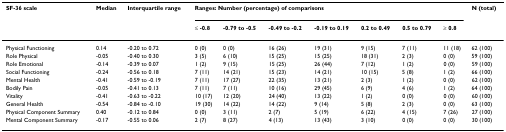
<table><thead><tr><td><b>SF-36 scale</b></td><td><b>Median</b></td><td><b>Interquartile range</b></td><td colspan="7"><b>Ranges: Number (percentage) of comparisons</b></td><td><b>N (total)</b></td></tr><tr><td></td><td></td><td></td><td><b>≤ -0.8</b></td><td><b>-0.79 to -0.5</b></td><td><b>-0.49 to -0.2</b></td><td><b>-0.19 to 0.19</b></td><td><b>0.2 to 0.49</b></td><td><b>0.5 to 0.79</b></td><td><b>≥ 0.8</b></td><td></td></tr></thead><tbody><tr><td>Physical Functioning</td><td>0.14</td><td>-0.20 to 0.72</td><td>0 (0)</td><td>0 (0)</td><td>16 (26)</td><td>19 (31)</td><td>9 (15)</td><td>7 (11)</td><td>11 (18)</td><td>62 (100)</td></tr><tr><td>Role Physical</td><td>-0.05</td><td>-0.40 to 0.30</td><td>3 (5)</td><td>6 (10)</td><td>15 (25)</td><td>15 (25)</td><td>18 (31)</td><td>2 (3)</td><td>0 (0)</td><td>59 (100)</td></tr><tr><td>Role Emotional</td><td>-0.14</td><td>-0.39 to 0.07</td><td>1 (2)</td><td>9 (15)</td><td>15 (25)</td><td>26 (44)</td><td>7 (12)</td><td>1 (2)</td><td>0 (0)</td><td>59 (100)</td></tr><tr><td>Social Functioning</td><td>-0.24</td><td>-0.56 to 0.18</td><td>7 (11)</td><td>14 (21)</td><td>15 (23)</td><td>14 (21)</td><td>10 (15)</td><td>5 (8)</td><td>1 (2)</td><td>66 (100)</td></tr><tr><td>Mental Health</td><td>-0.41</td><td>-0.59 to -0.19</td><td>7 (11)</td><td>17 (27)</td><td>22 (35)</td><td>13 (21)</td><td>2 (3)</td><td>1 (2)</td><td>0 (0)</td><td>62 (100)</td></tr><tr><td>Bodily Pain</td><td>-0.05</td><td>-0.41 to 0.13</td><td>7 (11)</td><td>7 (11)</td><td>10 (16)</td><td>29 (45)</td><td>6 (9)</td><td>4 (6)</td><td>1 (2)</td><td>64 (100)</td></tr><tr><td>Vitality</td><td>-0.41</td><td>-0.63 to -0.22</td><td>10 (17)</td><td>12 (20)</td><td>24 (40)</td><td>13 (22)</td><td>1 (2)</td><td>0 (0)</td><td>0 (0)</td><td>60 (100)</td></tr><tr><td>General Health</td><td>-0.54</td><td>-0.84 to -0.10</td><td>19 (30)</td><td>14 (22)</td><td>14 (22)</td><td>9 (14)</td><td>5 (8)</td><td>2 (3)</td><td>0 (0)</td><td>63 (100)</td></tr><tr><td>Physical Component Summary</td><td>0.40</td><td>-0.12 to 0.84</td><td>0 (0)</td><td>3 (11)</td><td>2 (7)</td><td>5 (19)</td><td>6 (22)</td><td>4 (15)</td><td>7 (26)</td><td>27 (100)</td></tr><tr><td>Mental Component Summary</td><td>-0.17</td><td>-0.55 to 0.06</td><td>2 (7)</td><td>8 (27)</td><td>4 (13)</td><td>13 (43)</td><td>3 (10)</td><td>0 (0)</td><td>0 (0)</td><td>30 (100)</td></tr></tbody></table>